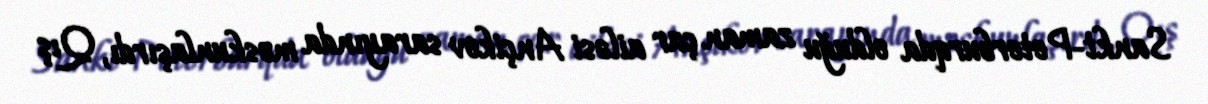
Sankt-Peterburqda olduğu zaman çar ailəsi Ançikov sarayında məskunlaşırdı, Qış